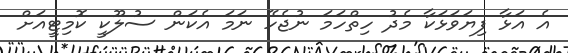
އެ އަޅާ ފިޔަވަޅަކާ މެދު ހިތްހަމަ ނުޖެހޭ ނަމަ އެކަން ސުލޫކީ ކޮމިޓީއަށް